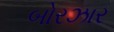
બોરઝાર